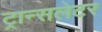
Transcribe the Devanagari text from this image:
ट्रान्सलेटर